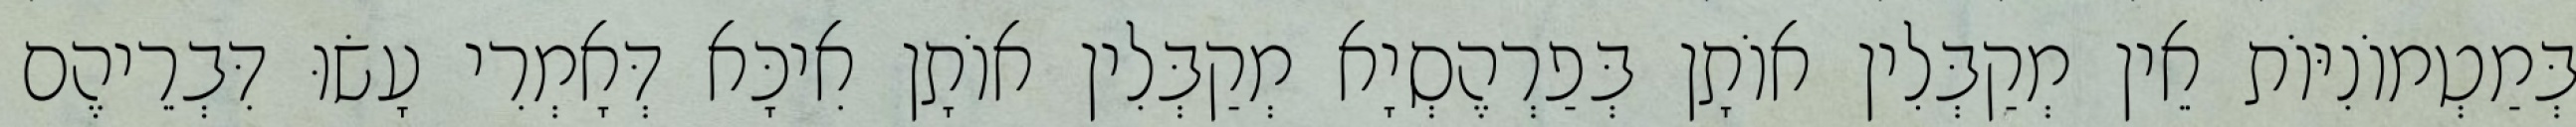
בְּמַטְמוֹנִיּוֹת אֵין מְקַבְּלִין אוֹתָן בְּפַרְהֶסְיָא מְקַבְּלִין אוֹתָן אִיכָּא דְּאָמְרִי עָשׂוּ דִּבְרֵיהֶם